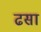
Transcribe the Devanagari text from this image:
ढसा